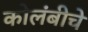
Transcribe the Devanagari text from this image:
कोलंबीचे